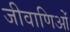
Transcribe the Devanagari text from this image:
जीवाणिओं